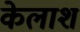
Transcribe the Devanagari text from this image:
केलाश